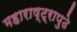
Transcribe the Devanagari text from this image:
महाराष्ट्रापुढे